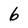
Character: 6